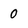
Character: 0